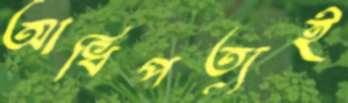
আধিপত্যই